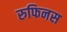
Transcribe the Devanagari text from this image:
रुफिनस